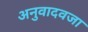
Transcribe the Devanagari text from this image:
अनुवादवजा